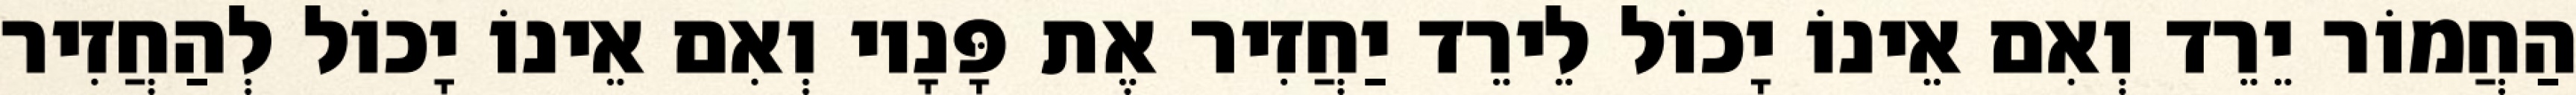
הַחֲמוֹר יֵרֵד וְאִם אֵינוֹ יָכוֹל לֵירֵד יַחֲזִיר אֶת פָּנָיו וְאִם אֵינוֹ יָכוֹל לְהַחֲזִיר